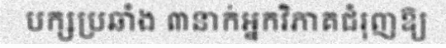
បក្សប្រឆាំង ៣នាក់អ្នកវិភាគជំរុញឱ្យ